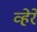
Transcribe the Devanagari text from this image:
व्हेरे